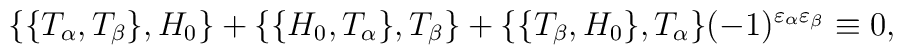
\{\{T_\alpha,T_\beta\},H_0\}+\{\{H_0,T_\alpha\},T_\beta\}+\{\{T_\beta,H_0\}, T_\alpha\}(-1)^{\varepsilon_\alpha\varepsilon_\beta}\equiv 0,